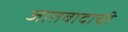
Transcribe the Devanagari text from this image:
जातवादाची